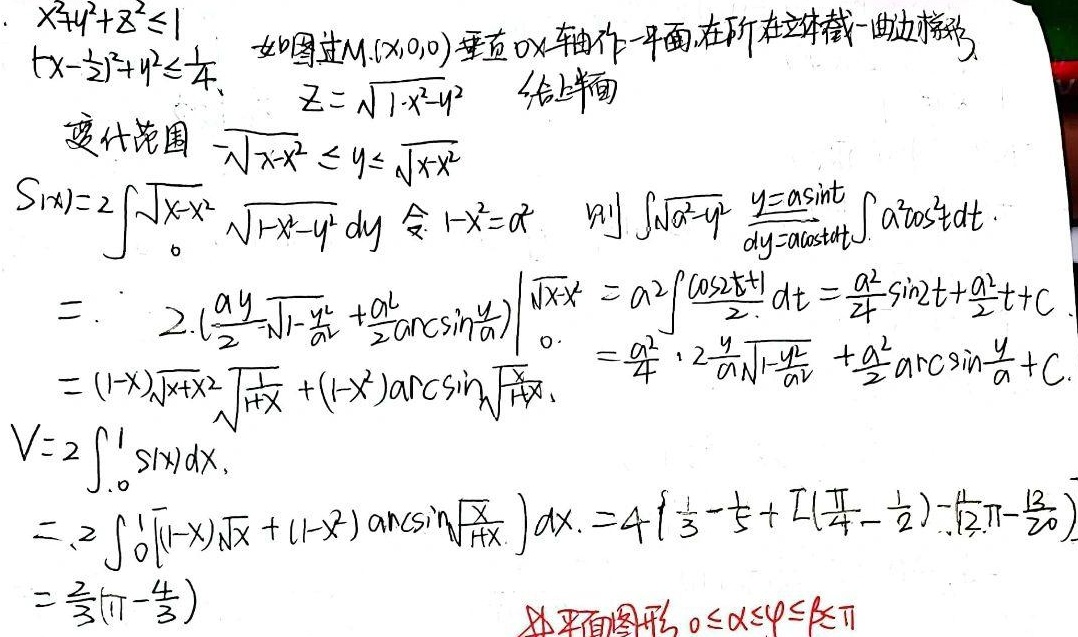
如图过\(M(x,0,0)\)垂直\(ox\)轴作一平面，在所在立体截一曲边梯形。

\[
\begin{align*}
&x^{2}+y^{2}+z^{2}\leq1\\
&\left(x - \frac{1}{2}\right)^{2}+y^{2}\leq\frac{1}{4}
\end{align*}
\]

\(z = \sqrt{1 - x^{2}-y^{2}}\)，给上半面变代范围\(-\sqrt{x - x^{2}}\leq y\leq\sqrt{x - x^{2}}\)

\[
\begin{align*}
S(x)&=2\int_{0}^{\sqrt{x - x^{2}}}\sqrt{1 - x^{2}-y^{2}}\mathrm{d}y\\
&\text{令 }1 - x^{2}=a^{2}\text{，则 }\int\sqrt{a^{2}-y^{2}}\overset{y = a\sin t}{\underset{\mathrm{d}y=a\cos t\mathrm{d}t}{=}}\int a^{2}\cos^{2}t\mathrm{d}t\\
&=2\left(\frac{ay}{2}\sqrt{1 - \frac{y^{2}}{a^{2}}}+\frac{a^{2}}{2}\arcsin\frac{y}{a}\right)\Bigg|_{0}^{\sqrt{x - x^{2}}}\\
&=a^{2}\int\frac{\cos2t + 1}{2}\mathrm{d}t=\frac{a^{2}}{4}\sin2t+\frac{a^{2}}{2}t + C\\
&=\frac{a^{2}}{4}\cdot2\frac{y}{a}\sqrt{1 - \frac{y^{2}}{a^{2}}}+\frac{a^{2}}{2}\arcsin\frac{y}{a}+C\\
&=(1 - x)\sqrt{x + x^{2}}\frac{1}{\sqrt{1 + x}}+(1 - x)\arcsin\sqrt{\frac{x}{1 + x}}
\end{align*}
\]

\[
\begin{align*}
V&=2\int_{0}^{1}S(x)\mathrm{d}x\\
&=2\int_{0}^{1}\left[(1 - x)\sqrt{x}+(1 - x)\arcsin\sqrt{\frac{x}{1 + x}}\right]\mathrm{d}x\\
&=4\left(\frac{1}{3}-\frac{1}{5}+2\left(\frac{\pi}{4}-\frac{1}{2}\right)-\left(\frac{1}{12}\pi-\frac{13}{20}\right)\right)\\
&=\frac{2}{3}(\pi - \frac{4}{3})
\end{align*}
\]

此平面图形 \(0\leq\alpha\leq\varphi\leq k\pi\)